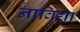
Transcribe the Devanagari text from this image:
नाविद्या